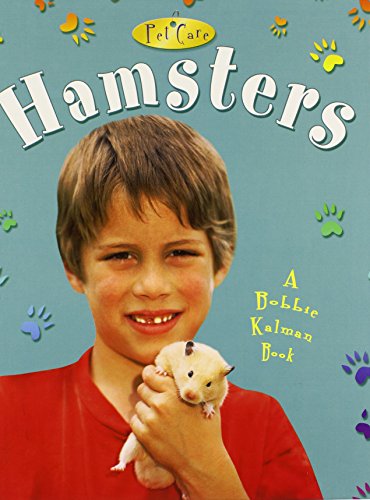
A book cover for Hamsters (Pet Care); Rebecca Sjonger; Crafts, Hobbies & Home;